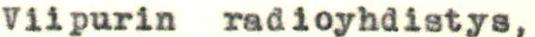
Viipurin radioyhdistys,